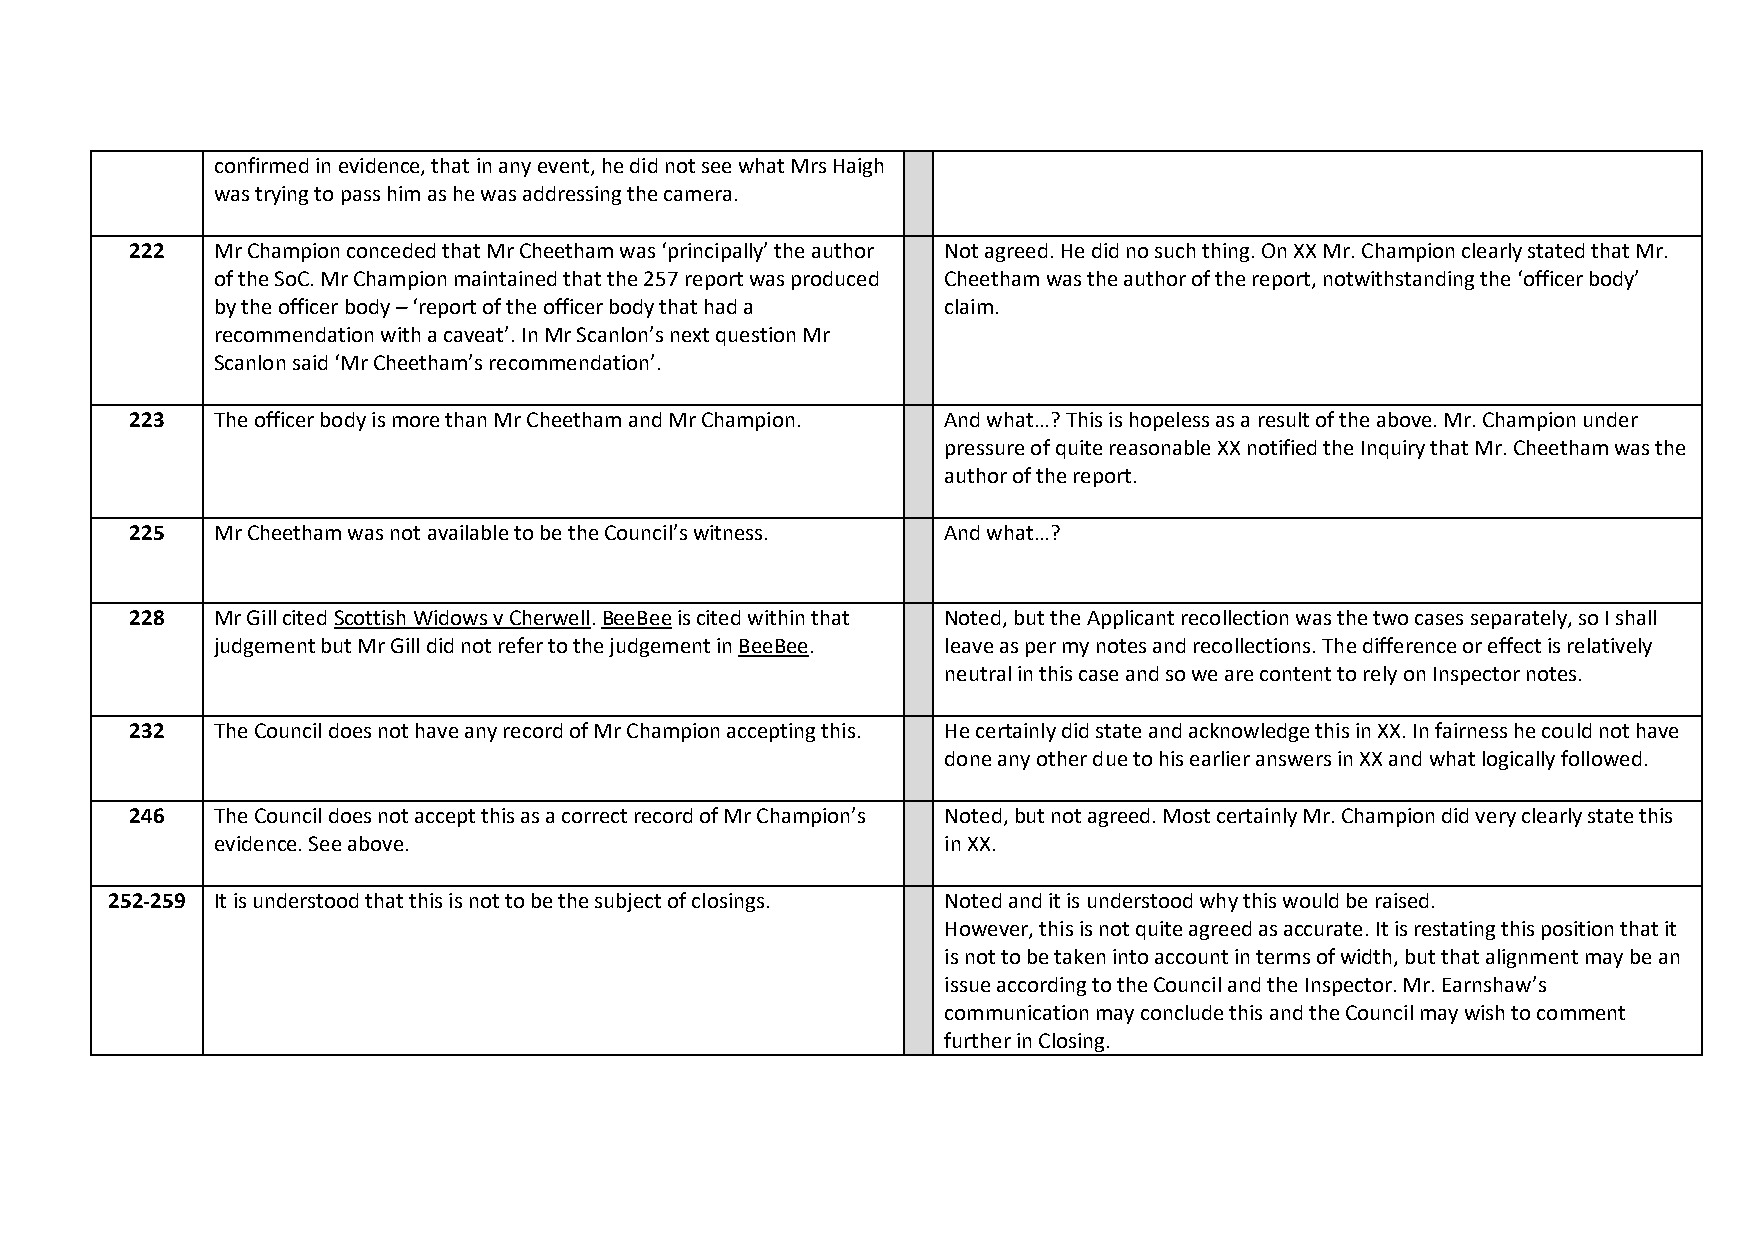
confirmed in evidence, that in any event, he did not see what Mrs Haigh
 was trying to pass him as he was addressing the camera.
 222  Mr Champion conceded that Mr Cheetham was ‘principally’ the author Not agreed. He did no such thing. On XX Mr. Champion clearly stated that Mr.
 of the SoC. Mr Champion maintained that the 257 report was produced Cheetham was the author of the report, notwithstanding the ‘officer body’
 by the officer body – ‘report of the officer body that had a claim.
 recommendation with a caveat’. In Mr Scanlon’s next question Mr
 Scanlon said ‘Mr Cheetham’s recommendation’.
 223  The officer body is more than Mr Cheetham and Mr Champion. And what…? This is hopeless as a result of the above. Mr. Champion under
 pressure of quite reasonable XX notified the Inquiry that Mr. Cheetham was the
 author of the report.
 225  Mr Cheetham was not available to be the Council’s witness. And what…?
 228  Mr Gill cited Scottish Widows v Cherwell. BeeBee is cited within that Noted, but the Applicant recollection was the two cases separately, so I shall
 judgement but Mr Gill did not refer to the judgement in BeeBee. leave as per my notes and recollections. The difference or effect is relatively
 neutral in this case and so we are content to rely on Inspector notes.
 232  The Council does not have any record of Mr Champion accepting this. He certainly did state and acknowledge this in XX. In fairness he could not have
 done any other due to his earlier answers in XX and what logically followed.
 246  The Council does not accept this as a correct record of Mr Champion’s Noted, but not agreed. Most certainly Mr. Champion did very clearly state this
 evidence. See above.                            in XX.
 252-259 It is understood that this is not to be the subject of closings. Noted and it is understood why this would be raised.
 However, this is not quite agreed as accurate. It is restating this position that it
 is not to be taken into account in terms of width, but that alignment may be an
 issue according to the Council and the Inspector. Mr. Earnshaw’s
 communication may conclude this and the Council may wish to comment
 further in Closing.